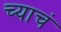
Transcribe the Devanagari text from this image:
च्याचं